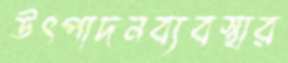
উৎপাদনব্যবস্থার